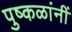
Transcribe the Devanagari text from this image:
पुष्कळांनीं